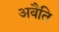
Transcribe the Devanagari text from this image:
अवैति